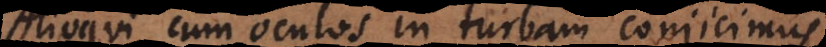
Alioqui cum oculos in turbam conjicimus